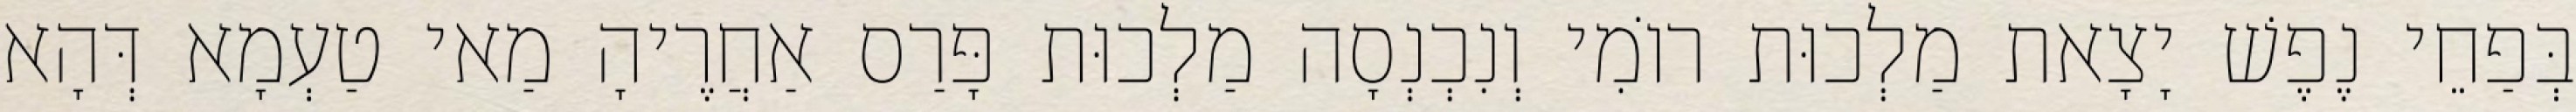
בְּפַחֵי נֶפֶשׁ יָצָאת מַלְכוּת רוֹמִי וְנִכְנְסָה מַלְכוּת פָּרַס אַחֲרֶיהָ מַאי טַעְמָא דְּהָא